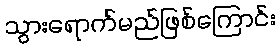
သွားရောက်မည်ဖြစ်ကြောင်း